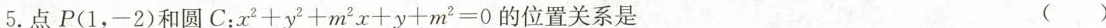
5.点P(1，-2)和圆C：$$x { 2 } + y { 2 } + m ^ { 2 } x + y + m { 2 } = 0$$的位置关系是 ()